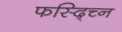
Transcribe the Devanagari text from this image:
फस्द्च्नि